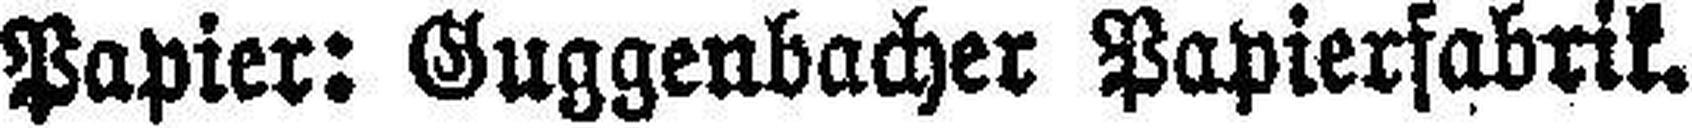
Papier: Guggenbacher Papierfabrik.